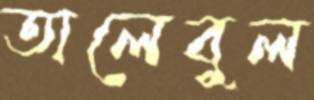
তালেবুল